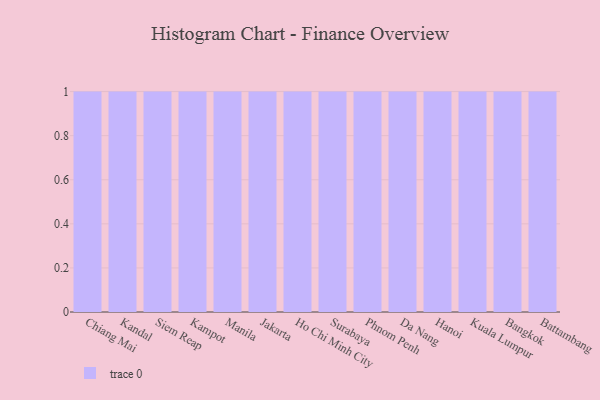
{"axis": {"x": "City", "y": "Inventory Turnover"}, "legend": [""], "data": [{"x": "Chiang Mai", "y": 83, "type": ""}, {"x": "Kandal", "y": 86, "type": ""}, {"x": "Siem Reap", "y": 14, "type": ""}, {"x": "Kampot", "y": 24, "type": ""}, {"x": "Manila", "y": 79, "type": ""}, {"x": "Jakarta", "y": 16, "type": ""}, {"x": "Ho Chi Minh City", "y": 31, "type": ""}, {"x": "Surabaya", "y": 100, "type": ""}, {"x": "Phnom Penh", "y": 24, "type": ""}, {"x": "Da Nang", "y": 88, "type": ""}, {"x": "Hanoi", "y": 52, "type": ""}, {"x": "Kuala Lumpur", "y": 7, "type": ""}, {"x": "Bangkok", "y": 59, "type": ""}, {"x": "Battambang", "y": 11, "type": ""}]}